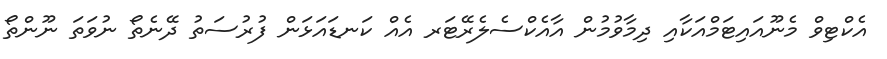
އެކްޓިވް މެނޫއައިޓަމްއަކާއި ދިމާވުމުން އާއެކްސެލެރޭޓަރ އެއް ކަނޑައަޅަން ފުރުސަތު ދޭނެތޯ ނުވަތަ ނޫންތޯ